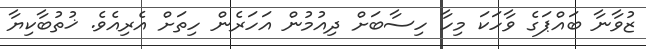
ޒުވާނާ ބައްޕަގެ ވާހަކަ މިހާ ހިސާބަށް ދިއުމުން އަހަރެން ހިތަށް އެރިއެވެ. ޚުތުބާކިޔާ